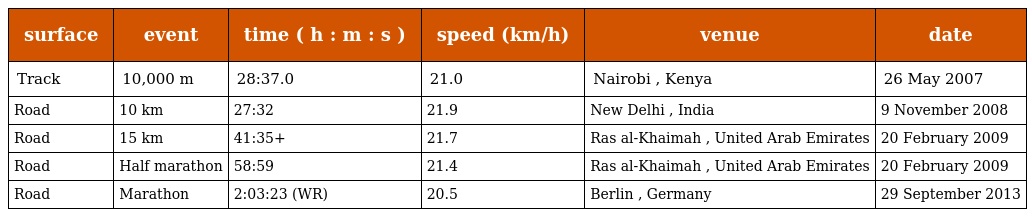
| surface | event | time ( h : m : s ) | speed (km/h) | venue | date |
 | --- | --- | --- | --- | --- | --- |
 | Track | 10,000 m | 28:37.0 | 21.0 | Nairobi , Kenya | 26 May 2007 |
 | Road | 10 km | 27:32 | 21.9 | New Delhi , India | 9 November 2008 |
 | Road | 15 km | 41:35+ | 21.7 | Ras al-Khaimah , United Arab Emirates | 20 February 2009 |
 | Road | Half marathon | 58:59 | 21.4 | Ras al-Khaimah , United Arab Emirates | 20 February 2009 |
 | Road | Marathon | 2:03:23 (WR) | 20.5 | Berlin , Germany | 29 September 2013 |